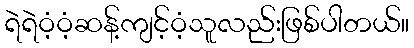
ရဲရဲဝံ့ဝံ့ဆန့်ကျင့်ဝံ့သူလည်းဖြစ်ပါတယ်။